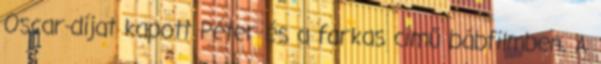
Oscar-díjat kapott Péter és a farkas című bábfilmben. A